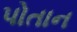
પોતાન